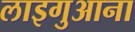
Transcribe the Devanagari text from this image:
लाइगुआना